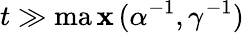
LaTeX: t\gg\operatorname*{ma\mathbf{x}}{(\alpha^{-1},\gamma^{-1})}